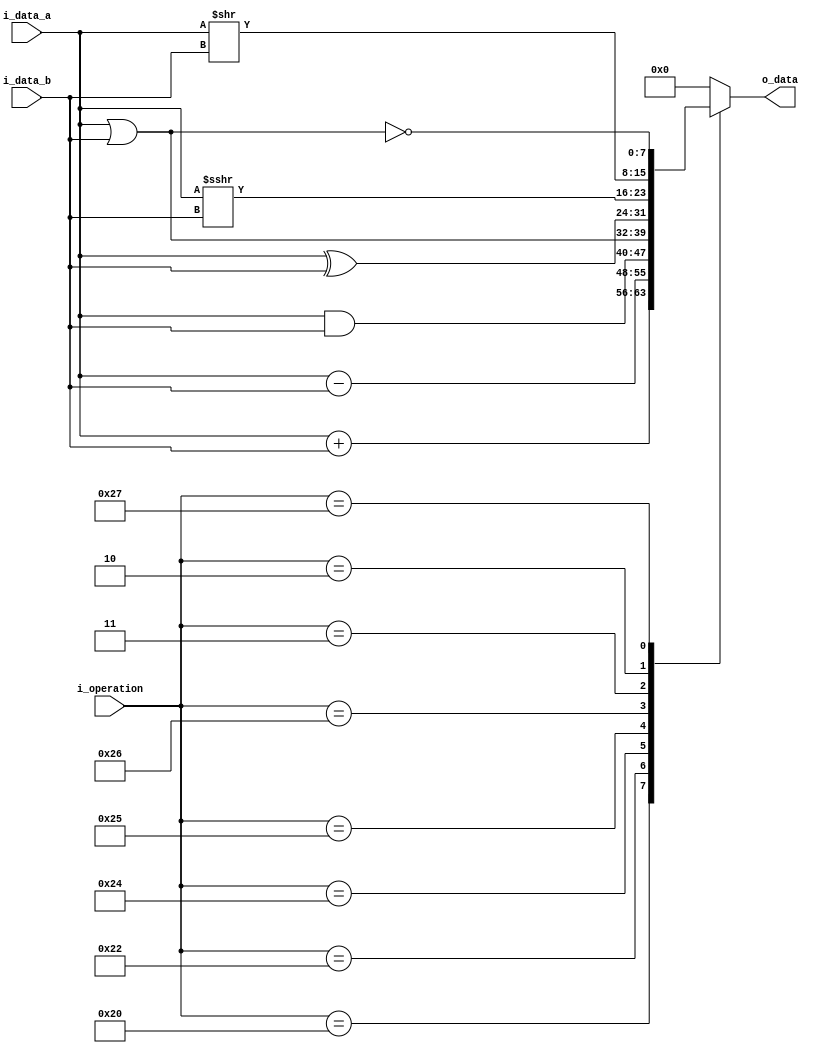
`timescale 1ns / 1ps

module ALU
#(
    parameter NB_IN         = 8, // Number of bits of the operands
    parameter NB_OUT        = 8, // Number of bits of the result
    parameter NB_OPERATION  = 6  // Number of bits of the operation
)
(
    input   [NB_IN - 1 : 0]         i_data_a,    // Operand A
    input   [NB_IN - 1 : 0]         i_data_b,    // Operand B
    input   [NB_OPERATION - 1 : 0]  i_operation, // Operation code
    output  [NB_OUT - 1 : 0]        o_data       // Result
);
    reg [NB_OUT - 1 : 0]        o_data_temp;

    assign o_data = o_data_temp;

always @(*)
    begin 
        case(i_operation)
            6'b100000: o_data_temp = i_data_a + i_data_b;                //ADD
            6'b100010: o_data_temp = i_data_a - i_data_b;                //SUB
            6'b100100: o_data_temp = i_data_a & i_data_b;                //AND
            6'b100101: o_data_temp = i_data_a | i_data_b;                //OR 
            6'b100110: o_data_temp = i_data_a ^ i_data_b;                //XOR
            6'b000011: o_data_temp = ($signed(i_data_a)) >>> i_data_b;   //SRA
            6'b000010: o_data_temp = i_data_a >> i_data_b;               //SRL
            6'b100111: o_data_temp = ~(i_data_a | i_data_b);             //NOR
            default: o_data_temp = {NB_OUT{1'b0}};                       //INVALID CODE
        endcase                                        
    end

endmodule